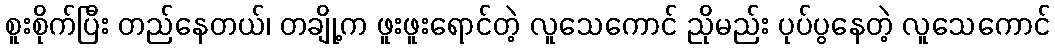
စူးစိုက်ပြီး တည်နေတယ်၊ တချို့က ဖူးဖူးရောင်တဲ့ လူသေကောင် ညိုမည်း ပုပ်ပွနေတဲ့ လူသေကောင်